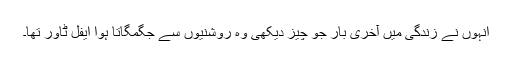
انہوں نے زندگی میں آخری بار جو چیز دیکھی وہ روشنیوں سے جگمگاتا ہوا ایفل ٹاور تھا۔